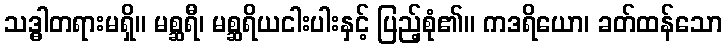
သဒ္ဓါတရားမရှိ။ မစ္ဆရီ၊ မစ္ဆရိယငါးပါးနှင့် ပြည့်စုံ၏။ ကဒရိယော၊ ခတ်ထန်သော